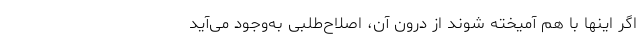
اگر اینها با هم آمیخته شوند از درون آن، اصلاح‌طلبی به‌وجود می‌آید